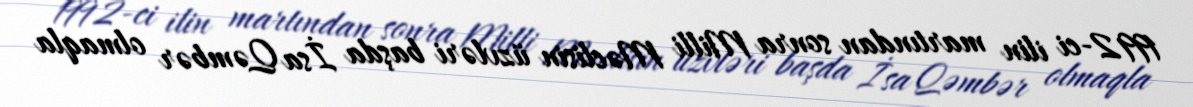
1992-ci ilin martından sonra Milli Məclisin üzvləri başda İsa Qəmbər olmaqla